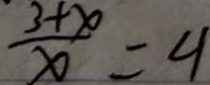
\frac { 3 + x } { x } = 4